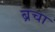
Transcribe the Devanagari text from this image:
ब्रचा